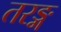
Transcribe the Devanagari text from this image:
तरङ्ग